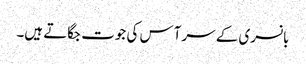
بانسری کے سر آس کی جوت جگاتے ہیں۔